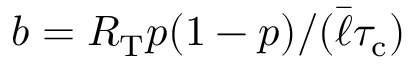
b = R _ { \mathrm { T } } p ( 1 - p ) / ( \bar { \ell } { \tau _ { \mathrm { c } } } )